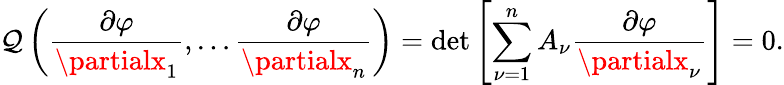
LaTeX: \mathcal{Q}\left({\frac{{\partial\varphi}}{{\partialx_{1}}}},\ldots{\frac{{\partial\varphi}}{{\partialx_{n}}}}\right)=\operatorname*{det}\left[\sum_{\nu=1}^{n}A_{\nu}{\frac{{\partial\varphi}}{{\partialx_{\nu}}}}\right]=0.